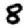
Digit: 8